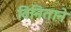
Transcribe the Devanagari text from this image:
विनिताने